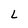
Character: L